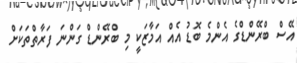
އޭސް ބްރޭންޑްގެ އެންމެ ބޮޑު އެއް އަމާޒަކީ މި ބްރޭންޑް ގަންނަ ފަރާތްތަކަށް